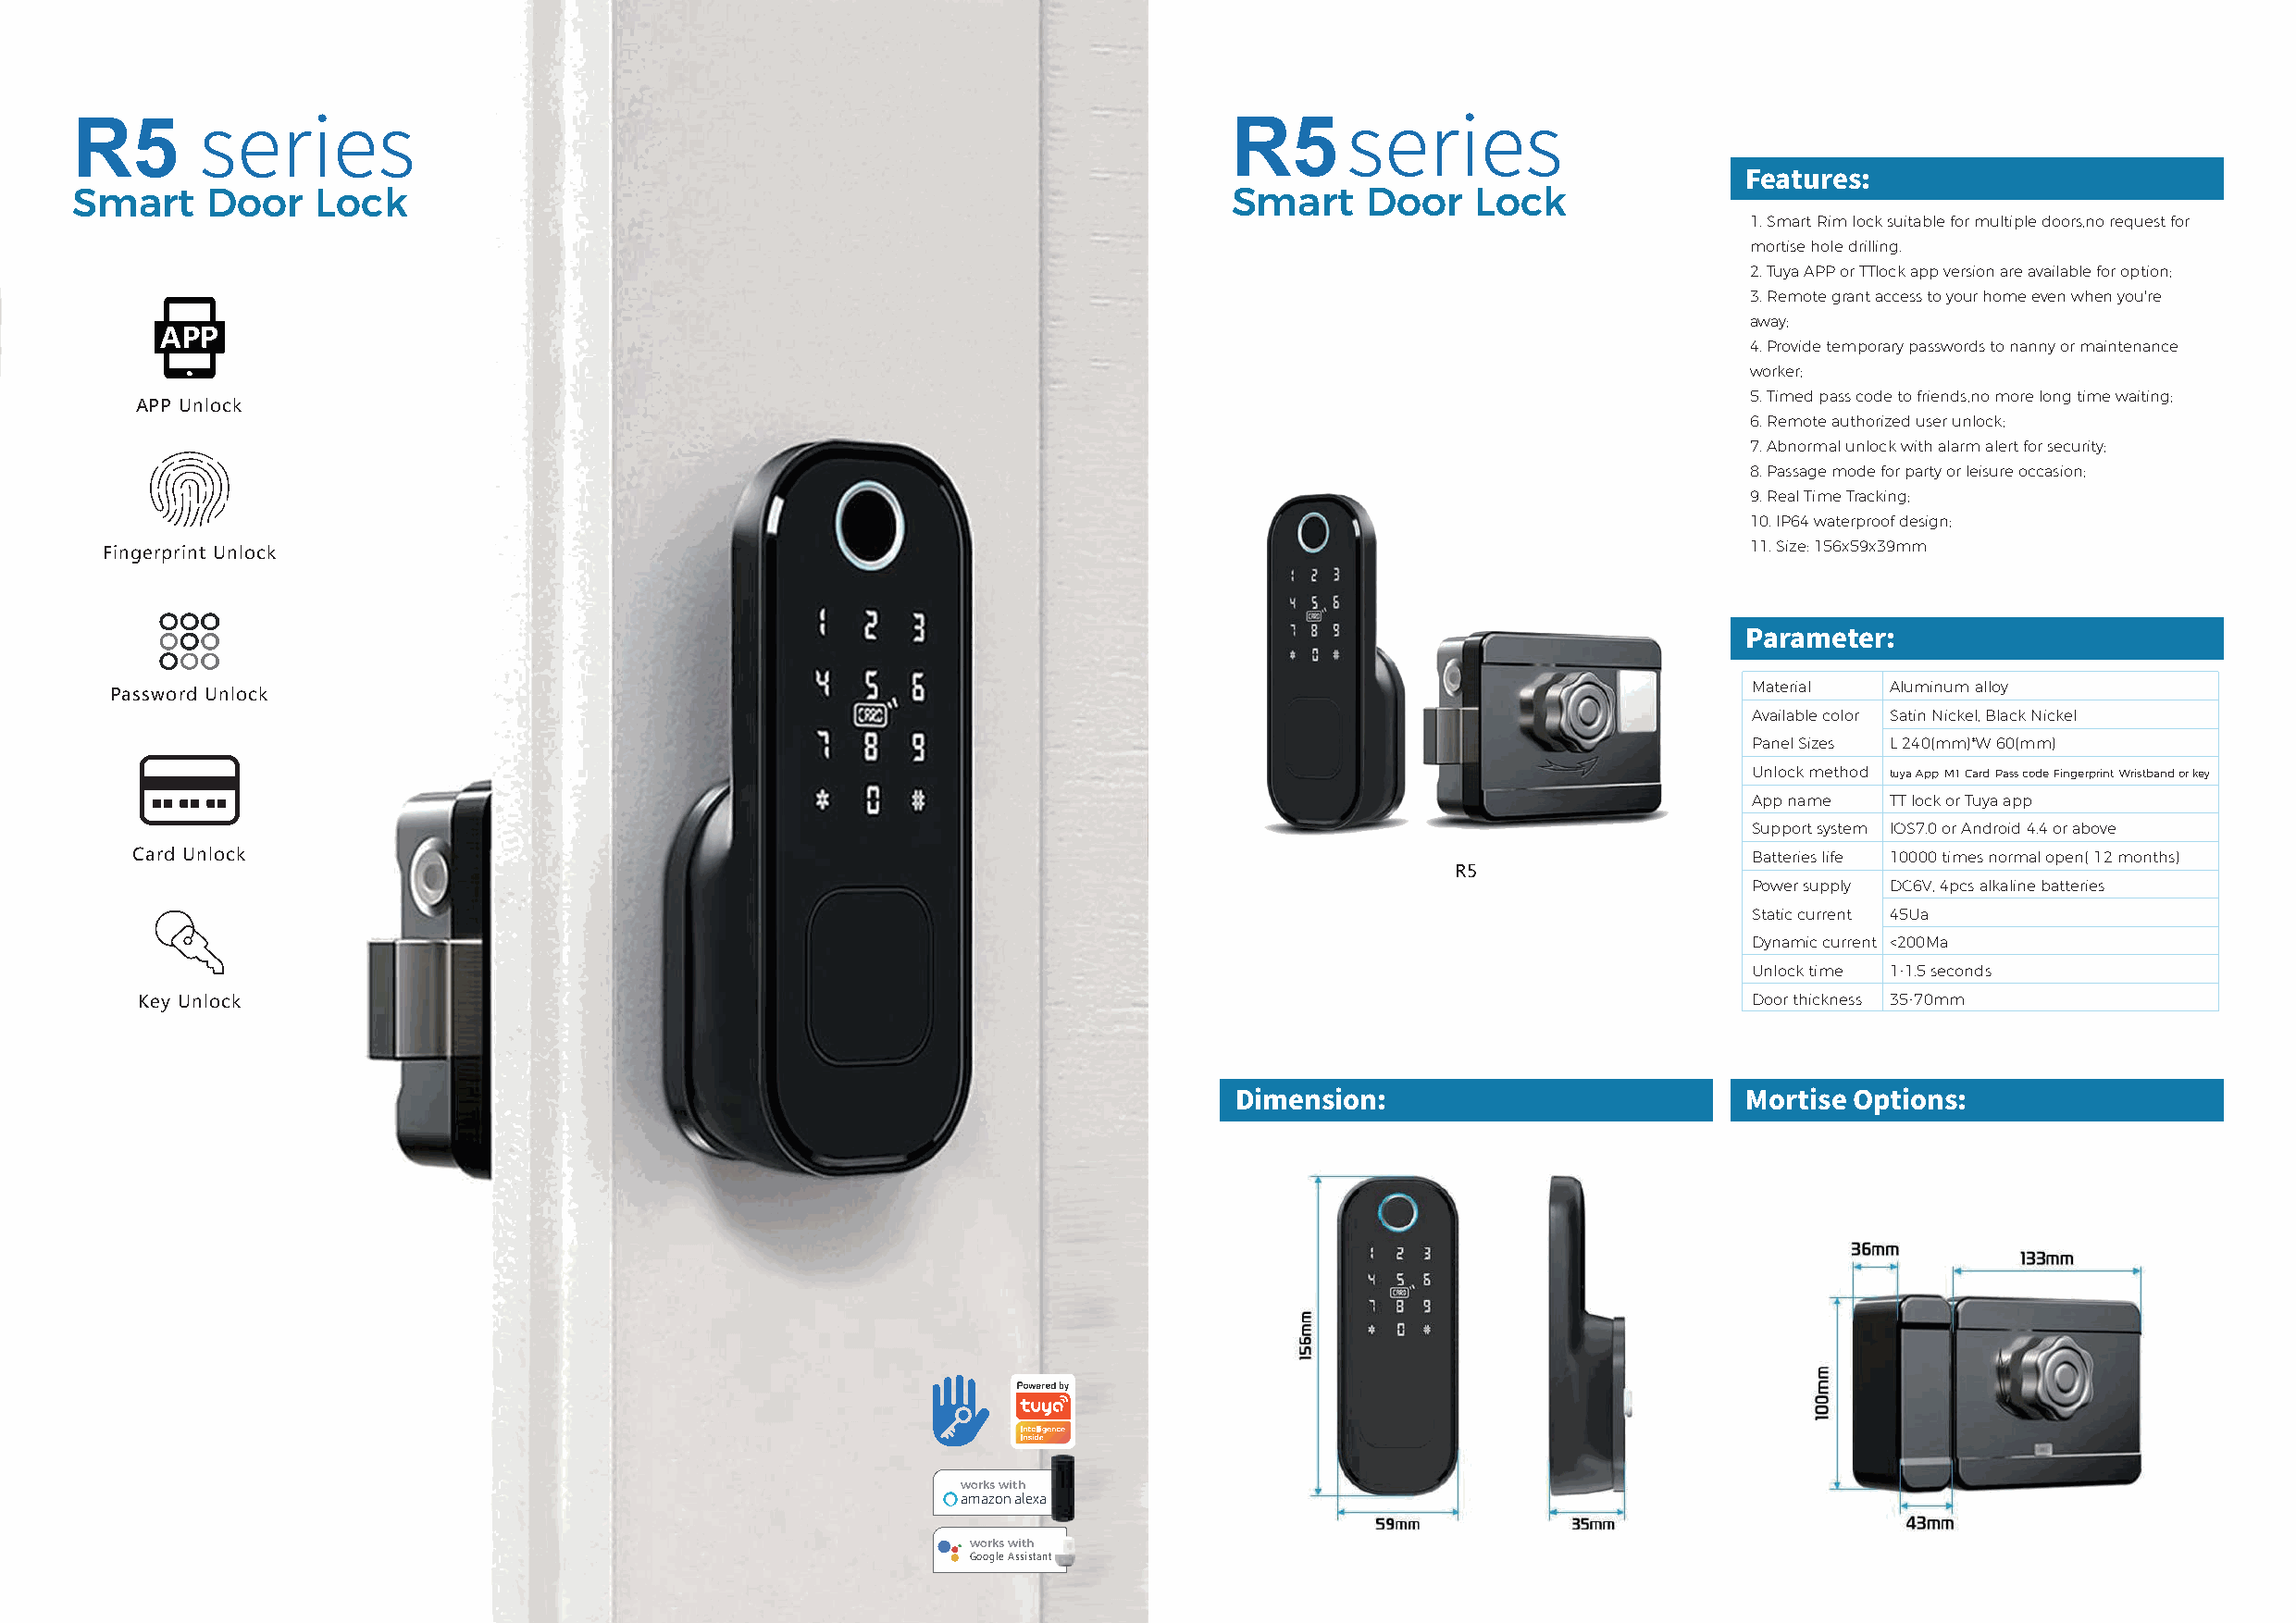
R5                                                                                 R5
 series                                                                            series
 Smart     Door    Lock                                                             Smart     Door   Lock                Features:
 1. Smart Rim lock suitable for multiple doors,no request for
 mortise hole drilling.
 2. Tuya APP or TTlock app version are available for option;
 3. Remote grant access to your home even when you're
 away;
 4. Provide temporary passwords to nanny or maintenance
 worker;
 5. Timed pass code to friends,no more long time waiting;
 APP Unlock
 6. Remote authorized user unlock;
 7. Abnormal unlock with alarm alert for security;
 8. Passage mode for party or leisure occasion;
 9. Real Time Tracking;
 10. IP64 waterproof design;
 11. Size: 156x59x39mm
 Fingerprint Unlock
 Parameter:
 Material  Aluminum alloy
 Password Unlock
 Available color Satin Nickel, Black Nickel
 Panel Sizes L 240(mm)*W 60(mm)
 Unlock method tuya App, M1 Card, Pass code, Fingerprint, Wristband or key
 App name  TT lock or Tuya app
 Support system IOS7.0 or Android 4.4 or above
 Card Unlock                                                                                                         Batteries life 10000 times normal open( 12 months)
 R5
 Power supply DC6V, 4pcs alkaline batteries
 Static current 45Ua
 Dynamic current <200Ma
 Unlock time 1-1.5 seconds
 Key Unlock                                                                                                         Door thickness 35-70mm
 Dimension:                           Mortise Options:
 works with
 amazon alexa
 works with
 Google Assistant